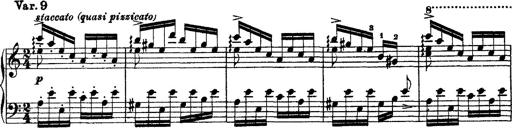
Title: Grandes Ã©tudes de Paganini
Composer: Franz Liszt